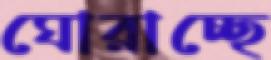
ঘোরাচ্ছে